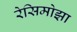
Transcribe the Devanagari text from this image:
रेसिमोझा